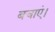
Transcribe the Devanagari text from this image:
बचाएं।